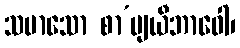
သမာသော စာ’ဗျယီဘာဝေါ၊